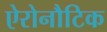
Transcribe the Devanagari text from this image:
ऐरोनौटिक